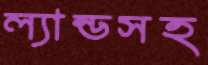
ল্যান্ডসহ